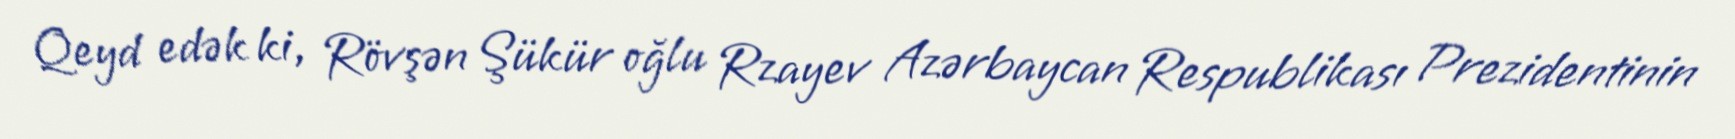
Qeyd edək ki, Rövşən Şükür oğlu Rzayev Azərbaycan Respublikası Prezidentinin